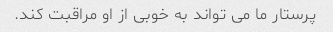
پرستار ما می تواند به خوبی از او مراقبت کند.